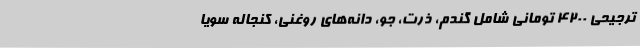
ترجیحی ۴۲۰۰ تومانی شامل گندم، ذرت، جو، دانه‌های روغنی، کنجاله سویا